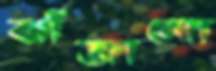
ঝাঁজালো